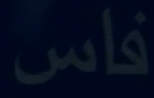
فاس